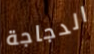
الدجاجة